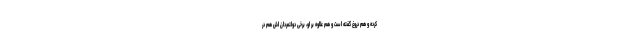
کرده و هم دروغ گفته است و هم علاوه بر او، برخی دولتمردان اش هم در